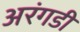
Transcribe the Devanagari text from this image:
अरंगडी